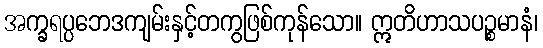
အက္ခရပ္ပဘေဒကျမ်းနှင့်တကွဖြစ်ကုန်သော။ ဣတိဟာသပဉ္စမာနံ၊